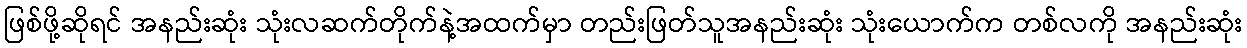
ဖြစ်ဖို့ဆိုရင် အနည်းဆုံး သုံးလဆက်တိုက်နဲ့အထက်မှာ တည်းဖြတ်သူအနည်းဆုံး သုံးယောက်က တစ်လကို အနည်းဆုံး